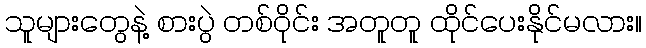
သူများတွေနဲ့ စားပွဲ တစ်ဝိုင်း အတူတူ ထိုင်ပေးနိုင်မလား။